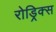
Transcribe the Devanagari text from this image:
रोड्रिक्स